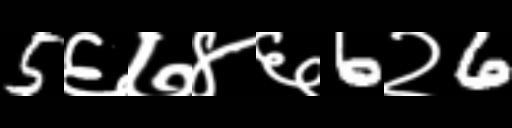
Text: 5६७४६6२6